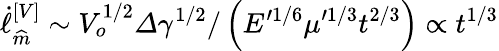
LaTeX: \dot{\ell}_{\widehat{m}}^{\left[V\right]}\sim V_{o}^{1/2}\varDelta\gamma^{1/2}/\left(E^{\prime 1/6}\mu^{\prime 1/3}t^{2/3}\right)\propto t^{1/3}